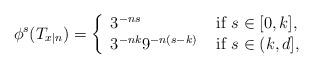
LaTeX: \begin{align*}\phi^s(T_{x|n})=\left\{\begin{array}{ll}3^{-ns} & \mbox{ if }s\in [0,k],\\3^{-nk} 9^{-n(s-k)} &\mbox{ if } s\in (k,d],\end{array}\right.\end{align*}